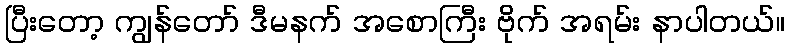
ပြီးတော့ ကျွန်တော် ဒီမနက် အစောကြီး ဗိုက် အရမ်း နာပါတယ်။